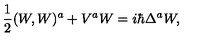
\frac { 1 } { 2 } ( W , W ) ^ { a } + V ^ { a } W = i \hbar \Delta ^ { a } W ,